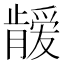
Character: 𱭈